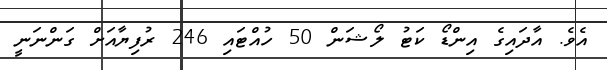
އެވެ. އާދައިގެ އިންޑޯ ކަޓު ލޯޝަން 50 ހުއްޓައި 246 ރުފިޔާއަށް ގަންނަނީ